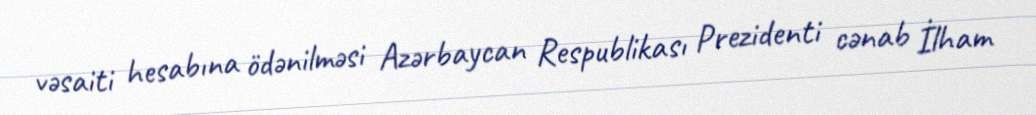
vəsaiti hesabına ödənilməsi Azərbaycan Respublikası Prezidenti cənab İlham